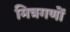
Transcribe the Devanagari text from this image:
मित्रगणों